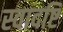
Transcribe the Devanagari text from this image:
स्वादष्टि